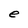
Character: e